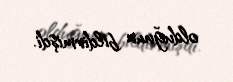
olduğunu bildirmişdi.